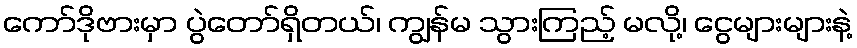
ကော်ဒိုဗားမှာ ပွဲတော်ရှိတယ်၊ ကျွန်မ သွားကြည့် မလို့၊ ငွေများများနဲ့